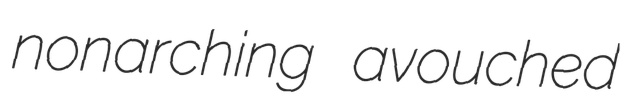
nonarching avouched